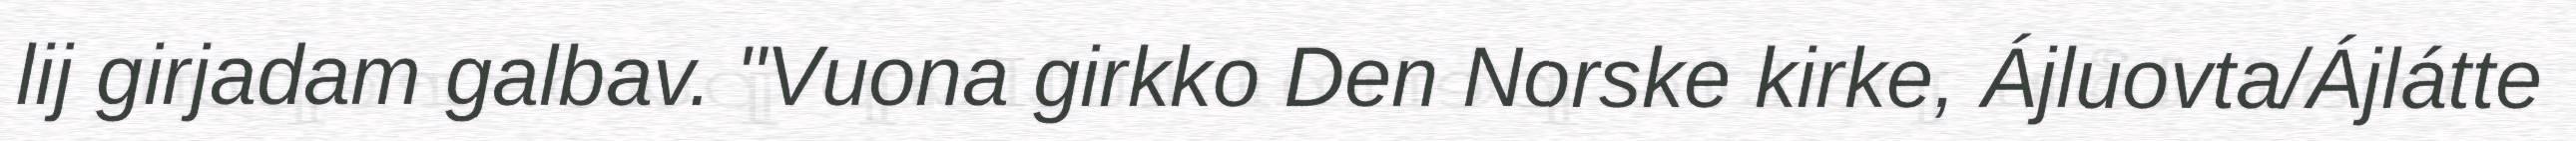
lij girjadam galbav. "Vuona girkko Den Norske kirke, Ájluovta/Ájlátte